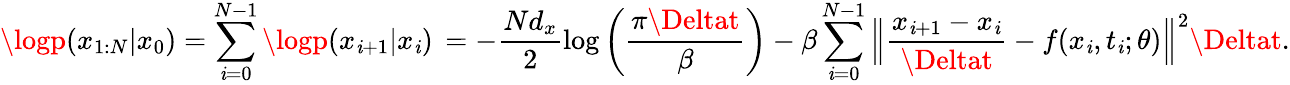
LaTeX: \logp(x_{1:N}|x_{0})=\sum_{\mathit{i}=0}^{N-1}\logp(x_{\mathit{i}+1}|x_{\mathit{i}})\, =-\frac{{Nd_{x}}}{{2}}\log\left(\frac{{\pi\Deltat}}{{\beta}}\right)-\beta\sum_{\mathit{i}=0}^{N-1}\Big\Vert\frac{{x_{\mathit{i}+1}-x_{\mathit{i}}}}{{\Deltat}}-f(x_{\mathit{i}},t_{\mathit{i}};\theta)\Big\Vert^{2}\Deltat.